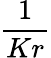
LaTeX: \frac{1}{Kr}